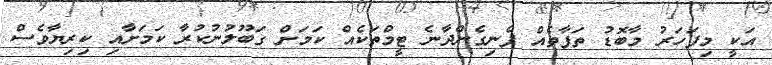
އަކީ މިފަހަރު މާބޮޑު ތަފާތެއް ފެނިގެންދާނެ ޓީމްތަކެއް ކަމަށް ގަބޫލުނުކުރާ ކަމަށާއި ކިރިޔާވެސް